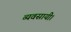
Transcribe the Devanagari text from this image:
व्यवसायी।